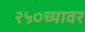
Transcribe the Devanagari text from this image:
२५०च्यावर